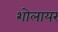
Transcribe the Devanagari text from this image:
शोलायर